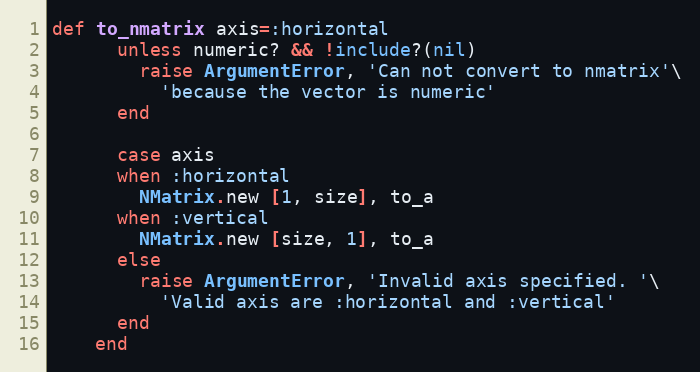
Language: Ruby
def to_nmatrix axis=:horizontal
      unless numeric? && !include?(nil)
        raise ArgumentError, 'Can not convert to nmatrix'\
          'because the vector is numeric'
      end

      case axis
      when :horizontal
        NMatrix.new [1, size], to_a
      when :vertical
        NMatrix.new [size, 1], to_a
      else
        raise ArgumentError, 'Invalid axis specified. '\
          'Valid axis are :horizontal and :vertical'
      end
    end